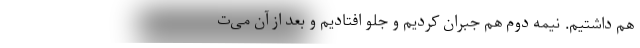
هم داشتیم. نیمه دوم هم جبران کردیم و جلو افتادیم و بعد از آن می‌ت